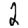
Digit: 2